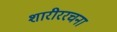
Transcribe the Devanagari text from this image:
शारीररचना